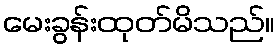
မေးခွန်းထုတ်မိသည်။